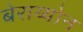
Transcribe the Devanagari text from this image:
बेराथ्योन